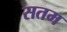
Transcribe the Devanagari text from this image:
सतम